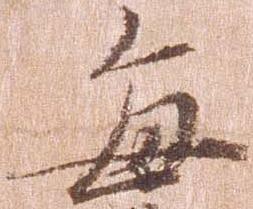
毎